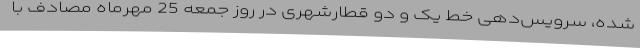
شده، سرویس‌دهی خط یک و دو قطارشهری در روز جمعه 25 مهرماه مصادف با